Scottish Certificate of Education, 1962
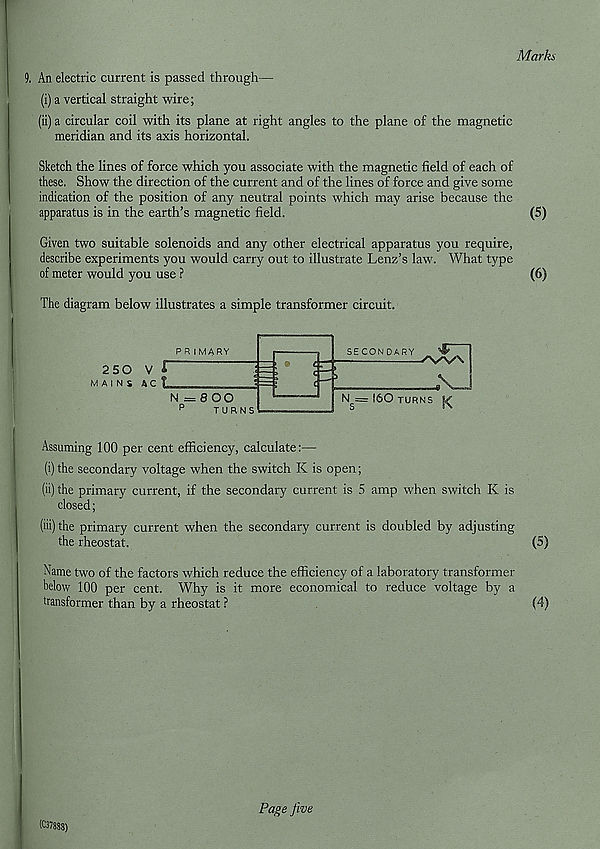
Marks
9. An electric current is passed through—
(i) a vertical straight wire;
(ii) a circular coil with its plane at right angles to the plane of the magnetic
meridian and its axis horizontal.
Sketch the lines of force which you associate with the magnetic field of each of
these. Show the direction of the current and of the lines of force and give some
indication of the position of any neutral points which may arise because the
apparatus is in the earth’s magnetic field.
(5)
Given two suitable solenoids and any other electrical apparatus you require,
describe experiments you would carry out to illustrate Lenz’s law. What type
of meter would you use ?
(6)
The diagram below illustrates a simple transformer circuit.
250
MAINS
Assuming 100 per cent efficiency, calculate:—
(i) the secondary voltage when the switch K is open;
(ii)
the primary current, if the secondary current is 5 amp when switch K
closed;
(hi) the primary current when the secondary current is doubled by adjusting
the rheostat.
(5)
Name two of the factors which reduce the efficiency of a laboratory transformer
below 100 per cent. Why is it more economical to reduce voltage by a
transformer than by a rheostat ?
(4)
(C37888)
Page five